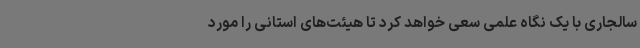
سالجاری با یک نگاه علمی سعی خواهد کرد تا هیئت‌های استانی را مورد